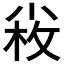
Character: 𡮋